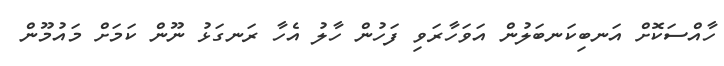
ހާއްސަކޮށް އަނބިކަނބަލުން އަވަހާރަވި ފަހުން ހާލު އެހާ ރަނގަޅު ނޫން ކަމަށް މައުމޫން